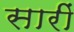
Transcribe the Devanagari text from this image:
सारीं